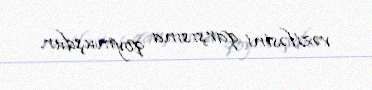
vəzifəsini qarşısına qoymuşdur.